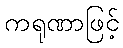
ကရုဏာဖြင့်